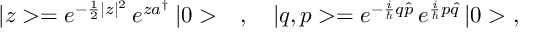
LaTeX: | z > = e ^ { - \frac { 1 } { 2 } | z | ^ { 2 } } \, e ^ { z a ^ { \dagger } } \, | 0 > \ \ \ , \ \ \ | q , p > = e ^ { - \frac { i } { \hbar } q \hat { p } } \, e ^ { \frac { i } { \hbar } p \hat { q } } \, | 0 > \ ,